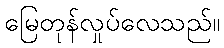
မြေတုန်လှုပ်လေသည်။